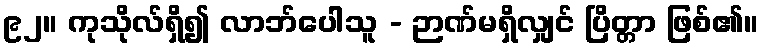
၉၂။ ကုသိုလ်ရှိ၍ လာဘ်ပေါသူ - ဉာဏ်မရှိလျှင် ပြိတ္တာ ဖြစ်၏။